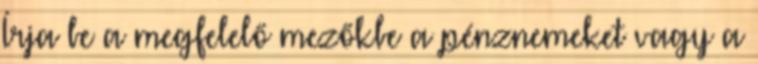
Írja be a megfelelő mezőkbe a pénznemeket vagy a